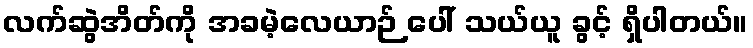
လက်ဆွဲအိတ်ကို အခမဲ့လေယာဉ် ပေါ် သယ်ယူ ခွင့် ရှိပါတယ်။